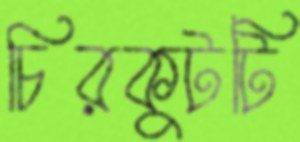
চিরকুটটি